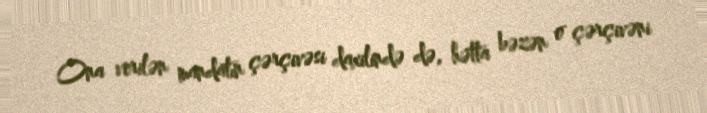
Ona verilən mandatın çərçivəsi daxilində də, hətta bəzən o çərçivəni